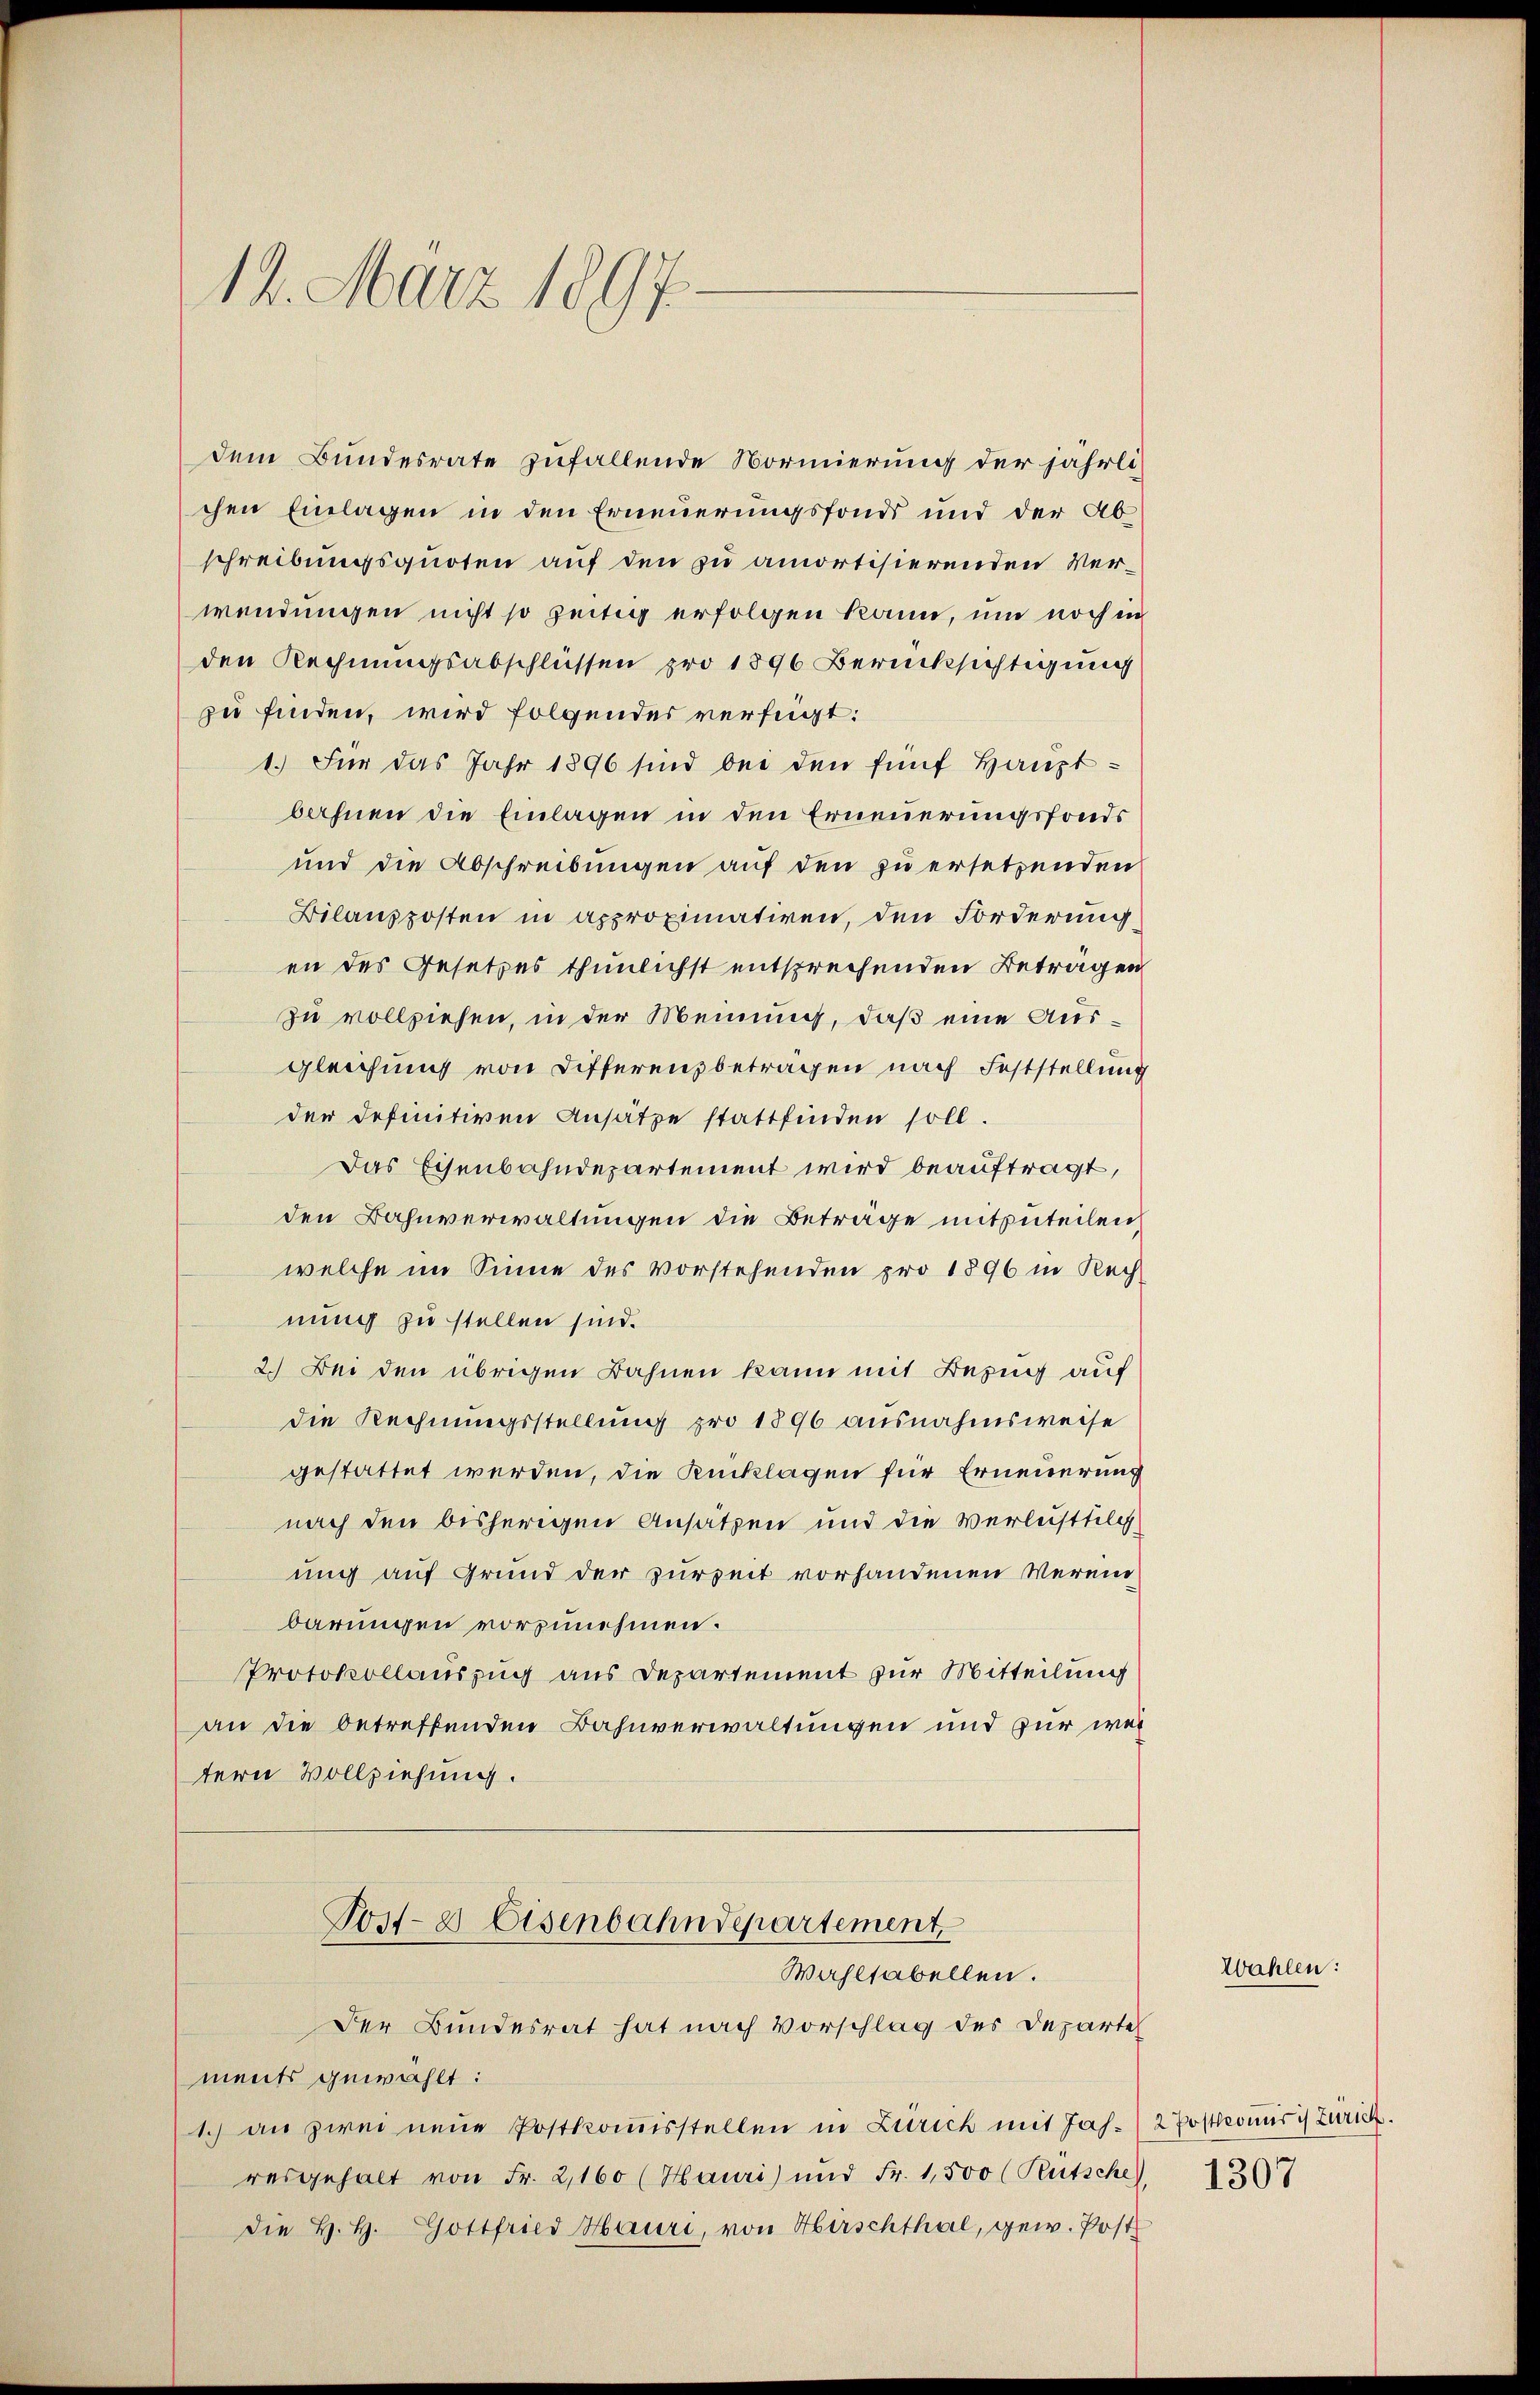
14. März 1897.

dem Bundesrate zufallende Normierung der jährlich
chen Einlagen in den Erneuerungsfonds und der Ab
schreibungsquoten auf den zu amortisierenden Verwendungen nicht so zeitig erfolgen kann, um noch in
den Rechnungsabschlüssen pro 1896 Berücksichtigung
zu finden, wird folgendes verfügt:
1.) Für das Jahr 1896 sind bei den fünf Hauptbahnen die Einlagen in den Erneuerungsfonds
und die Abschreibungen auf den zu ersetzenden
Bilansposten in approximatiren, den Forderung
en des Gesetzes thunlichst entsprechenden Beträgen
zu vollziehen, in der Meinung, daß eine Ausgleichung von Differensbeträgen nach Feststellung
der definitiven Ansätze stattfinden soll.
Das Eisenbahndepartement wird beauftragt,
den Bahnverwaltungen die Beträge mitzuteilen,
welche im Sinne des vorstehenden pro 1896 in Rech
nung zu stellen sind.
2.) Bei den übrigen Bahnen kann mit Bezug auf
die Rechnungsstellung pro 1896 ausnahmsweise
gestattet werden, die Rücklagen für Erneuerung
nach den bisherigen Ansätzen und die Verlustfel
ung auf Grund der zurzeit vorhandenen Verein
barungen vorzunehmen.
Protokollauszug aus Departement zur Mitteilung
an die betreffenden Bahnverwaltungen und für weitern Vollziehung.
Post- & Eisenbahndepartement
Wahlfabellen.
Der Bundesrat hat nach Vorschlag des Departe
ments gewählt:
1.) an zwei neue Postkommisstellen in Zürich mit Jahr (2 Postkomir Zürich.
resgehalt von Fr. 2,160 (Hauri) und Fr. 1,500 (Rütsche)
die H. H. Gottfried Hauri, von Hirschthal, gew. Post

Wahlen:

1307